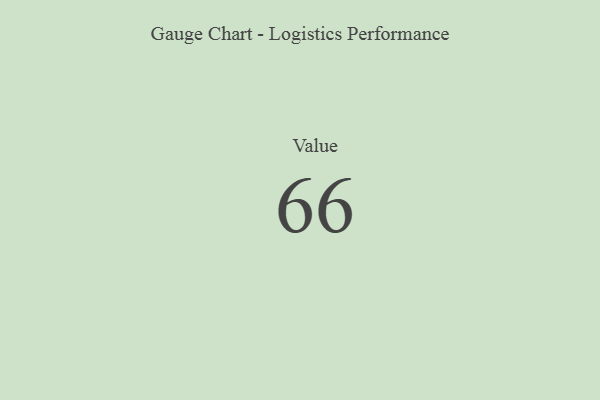
{"axis": {"x": "Metric", "y": "Value"}, "legend": [""], "data": [{"x": "Value", "y": 66, "type": ""}]}